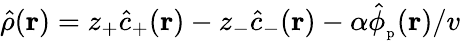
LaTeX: \hat{\rho}(\mathbf{r})=z_{+}\hat{c}_{+}(\mathbf{r})-z_{-}\hat{c}_{-}(\mathbf{r})-\alpha\hat{\phi}_{\mathrm{_p}}(\mathbf{r})/v